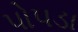
પોપડા